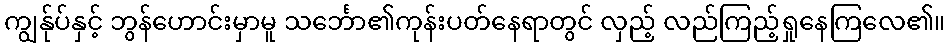
ကျွန်ုပ်နှင့် ဘွန်ဟောင်းမှာမူ သင်္ဘော၏ကုန်းပတ်နေရာတွင် လှည့် လည်ကြည့်ရှုနေကြလေ၏။